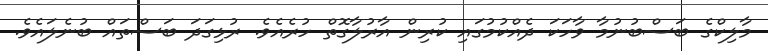
މާލިކްގެ ބަސްބުނުމާ ވާހަކަ ދެއްކުމުގައި ކުރިން އާރުލާގޮތް ހުރެއެވެ. ރުޅިގަދަ ބަސްތައް ބުނެލައެވެ.